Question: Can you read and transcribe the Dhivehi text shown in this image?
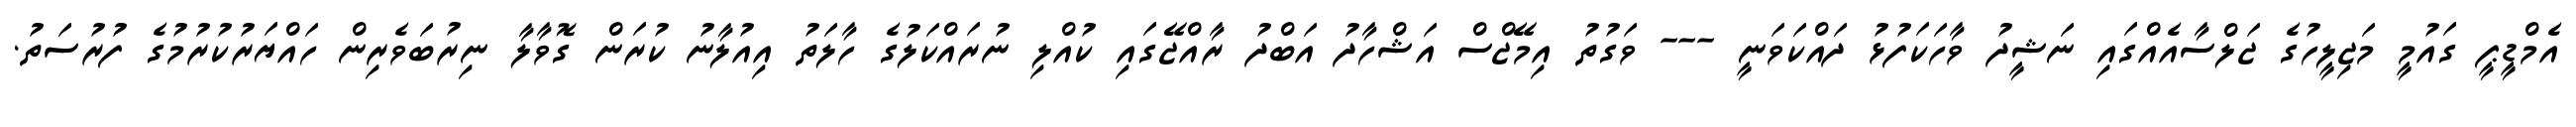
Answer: އެމްޑީޕީ ގައުމީ މަޖިލީހުގެ ޖަލްސާއެއްގައި ނަޝީދު ވާހަކަފުޅު ދައްކަވަނީ --- ވަގުތު އިމޭޖްސް އަޝްހާދު އަބްދު ރާއްޖޭގައި ކުއްލި ނުރައްކަލުގެ ހާލަތު އިއުލާނު ކުރަން ގޮވާލާ ނިރުބަވެރިން ހައްޔަރުކުރުމުގެ ފުރުސަތު.